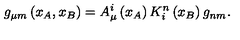
g _ { \mu m } \left( x _ { A } , x _ { B } \right) = A _ { \mu } ^ { i } \left( x _ { A } \right) K _ { i } ^ { n } \left( x _ { B } \right) g _ { n m } .